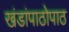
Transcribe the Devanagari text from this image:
खंडांपाठोपाठ